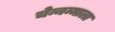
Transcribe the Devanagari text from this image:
चेन्नम्माला